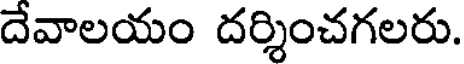
దేవాలయం దర్శించగలరు.